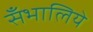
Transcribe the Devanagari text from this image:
सँभालिये